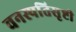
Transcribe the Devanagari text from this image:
वनस्पतिसृष्टी